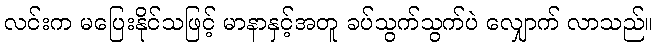
လင်းက မပြေးနိုင်သဖြင့် မာနာနှင့်အတူ ခပ်သွက်သွက်ပဲ လျှောက် လာသည်။